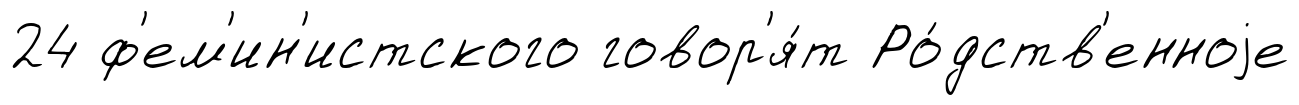
24 ф'ем'ин'истского говор'я́т Ро́дств'енноjе